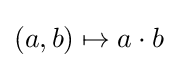
(a,b)\mapsto a\cdot b